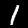
Label: 1